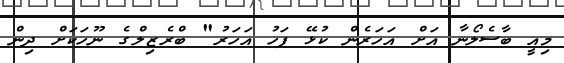
މިއީ ބާސެލޯނާ އަށް އަހަރެން ކުޅޭ ފަހު އަހަރު" ބްރެޒިލްގެ ނޫހަކަށް ދިން